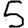
Digit: 5